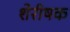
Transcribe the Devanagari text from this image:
शेरीषक